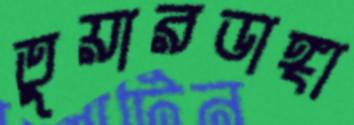
তুয়ারডাঙ্গা